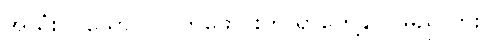
အသုံးဝင်သော ပလက်ဖောင်းကို ရှာတွေ့နိုင်ပါမည်လား။